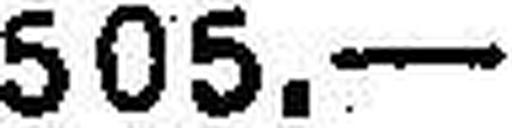
505.—